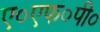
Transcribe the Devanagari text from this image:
ए०एफ०पी०